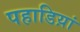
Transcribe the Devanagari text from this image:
पहाडिय़ां